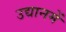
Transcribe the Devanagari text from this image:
उद्यानमें